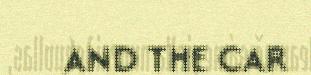
AND THE CAR